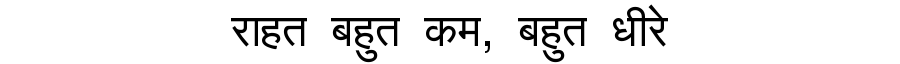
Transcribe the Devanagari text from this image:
राहत बहुत कम, बहुत धीरे